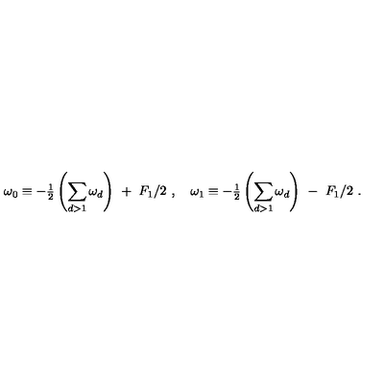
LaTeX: \omega _ { 0 } \equiv - { { \textstyle \frac { 1 } { 2 } } } \left( { \displaystyle \sum _ { d > 1 } \omega _ { d } } \right) \ + \ F _ { 1 } / 2 \ , \quad \omega _ { 1 } \equiv - { { \textstyle \frac { 1 } { 2 } } } \left( { \displaystyle \sum _ { d > 1 } \omega _ { d } } \right) \ - \ F _ { 1 } / 2 \ .